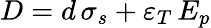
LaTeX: D=d\, {\sigma_{s}}+{\varepsilon_{T}}\, {E_{p}}